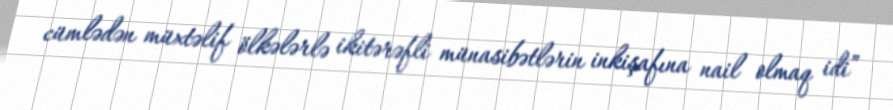
cümlədən müxtəlif ölkələrlə ikitərəfli münasibətlərin inkişafına nail olmaq idi”